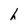
Character: h